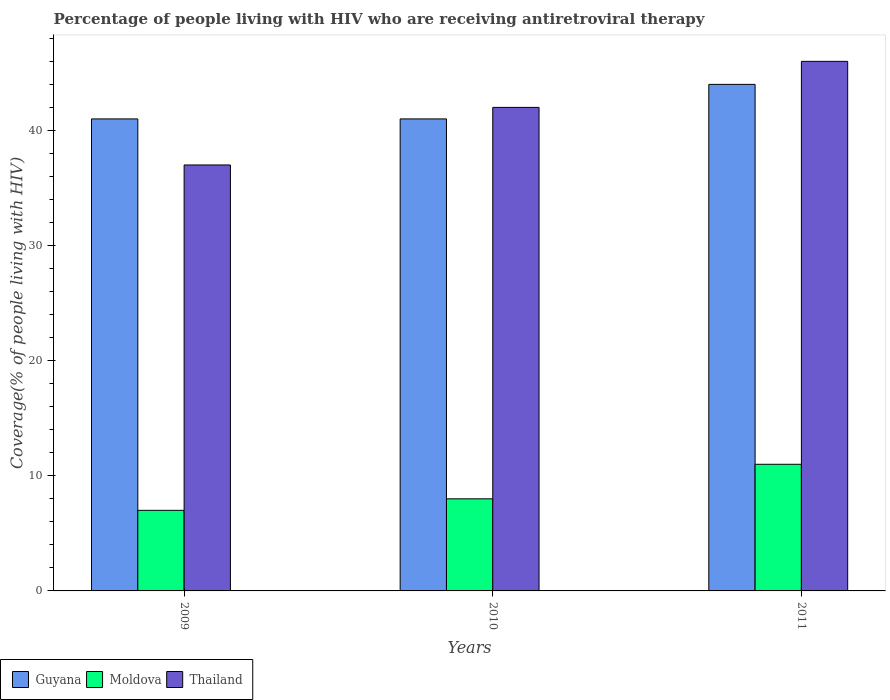
| Years | Guyana | Moldova | Thailand |
 | --- | --- | --- | --- |
 | 2009 | 41 | 7 | 37 |
 | 2010 | 41 | 8 | 42 |
 | 2011 | 44 | 11 | 46 |